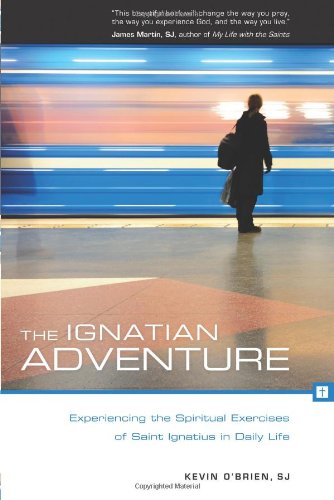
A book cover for The Ignatian Adventure: Experiencing the Spiritual Exercises of St. Ignatius in Daily Life; Father Kevin OEEBrien SJ; Christian Books & Bibles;